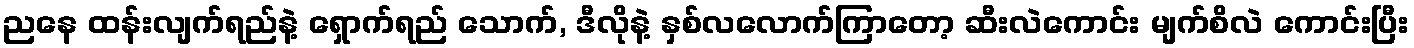
ညနေ ထန်းလျက်ရည်နဲ့ ရှောက်ရည် သောက်, ဒီလိုနဲ့ နှစ်လလောက်ကြာတော့ ဆီးလဲကောင်း မျက်စိလဲ ကောင်းပြီး